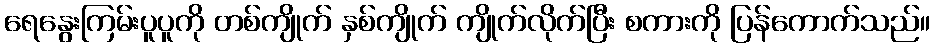
ရေနွေးကြမ်းပူပူကို တစ်ကျိုက် နှစ်ကျိုက် ကျိုက်လိုက်ပြီး စကားကို ပြန်ကောက်သည်။